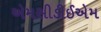
એમસીડીઈએમ